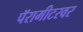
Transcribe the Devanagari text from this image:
पॅरामीटरवर